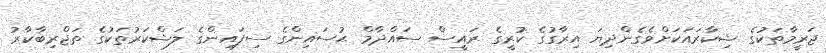
ޖަރީމާތަކުގެ ޝިކާރައަކަށްވެގެންދިޔަ އިރާގުގެ ކުރީގެ ރައީސް ސައްދާމް ޙުސައިންގެ ސިފައިންގެ ލަޝްކަރުތަކުގެ ތަޖްރިބާކާރު